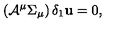
\left( { \cal A } ^ { \mu } \Sigma _ { \mu } \right) \delta _ { 1 } { \bf u } = 0 ,